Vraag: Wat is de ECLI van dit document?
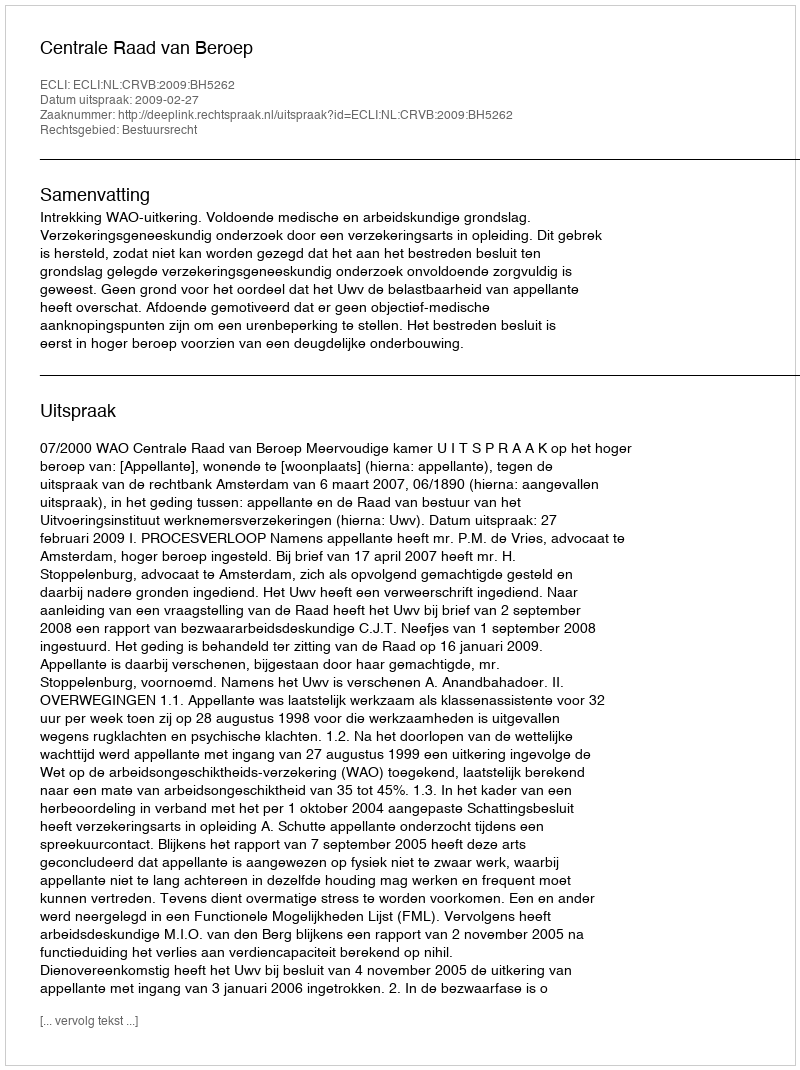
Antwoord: ECLI:NL:CRVB:2009:BH5262